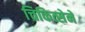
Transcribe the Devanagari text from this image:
चिकित्सेने